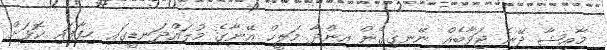
މާއިޝާ ދޭނެ ޖަވާބެއް ނޭނގިގެން އިންދާ މަލީހް އޭނާގެ މުލައްދަނޑީގައި ހިފާފައި ކޮޅަށް